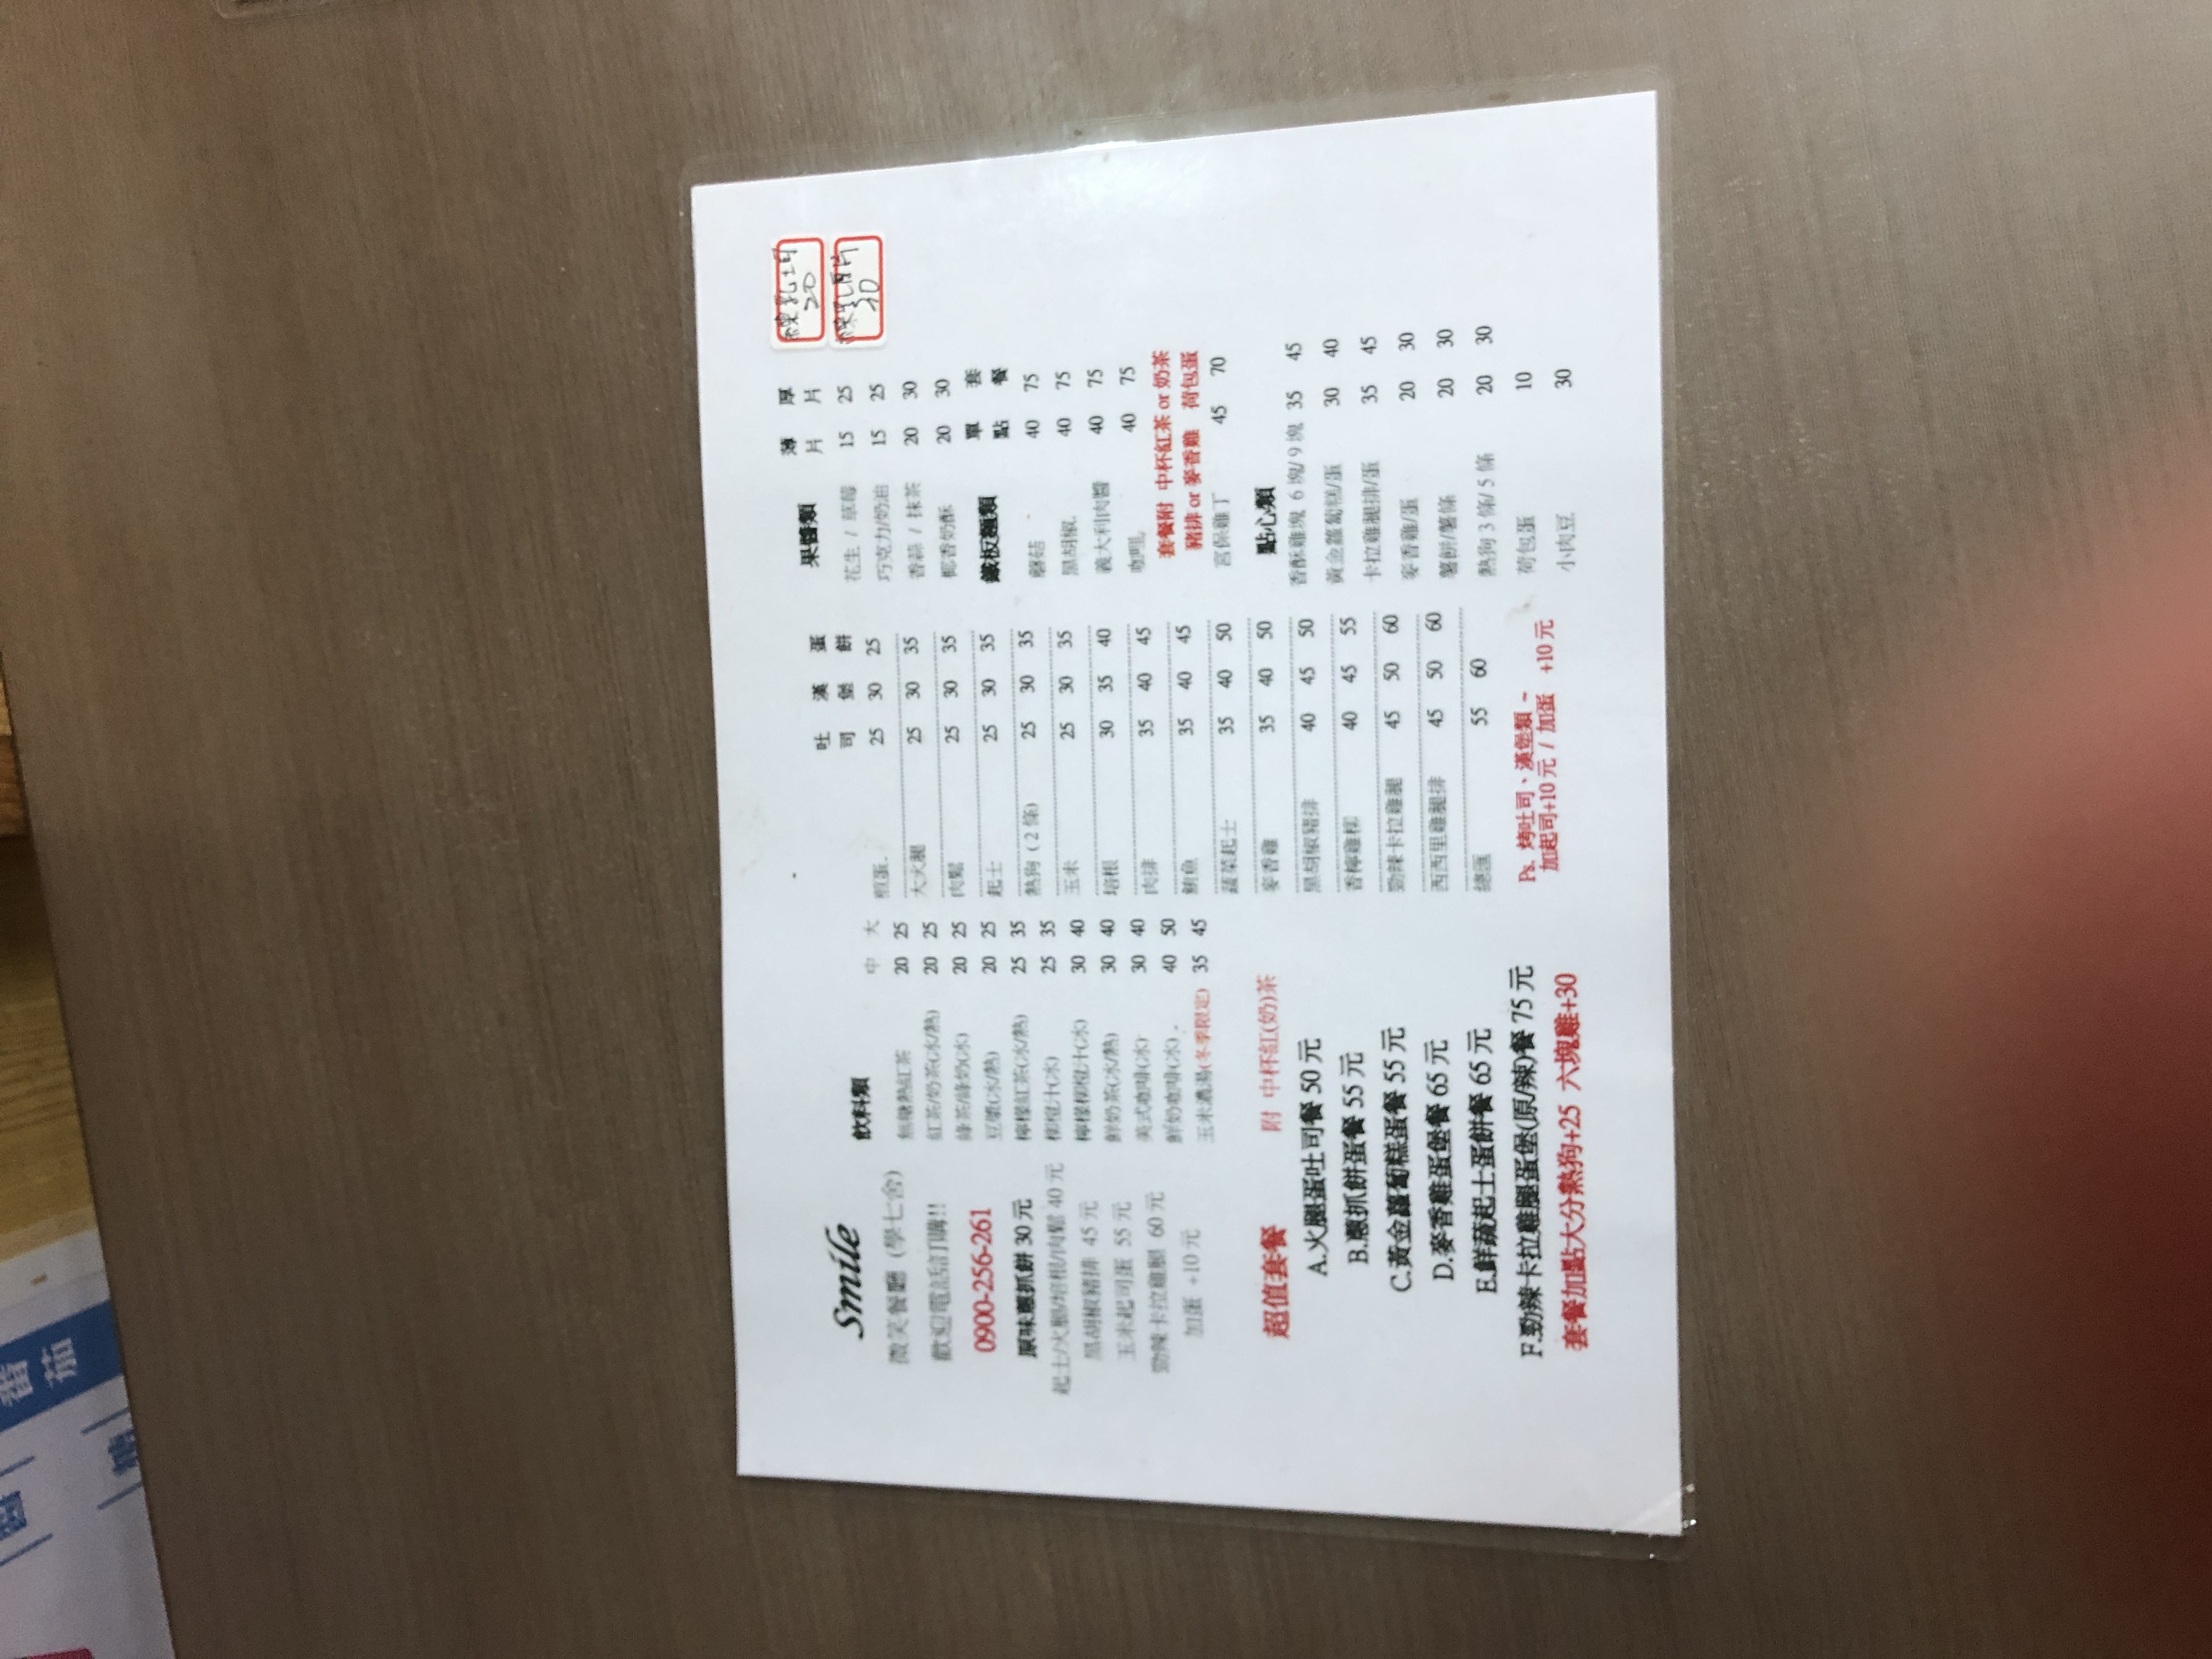
餐廳：Smile 微笑餐語
電話：0900-256-261
菜單：
name: 特調奶茶
price: 大: 35, 中: 30
name: 紅茶
price: 大: 25, 中: 20
name: 豆漿
price: 大: 25, 中: 20
name: 綠茶
price: 大: 25, 中: 20
name: 美式咖啡
price: 大: 30, 中: 25
name: 鮮奶
price: 大: 40, 中: 35
name: 黑糖鮮奶
price: 大: 45, 中: 40
name: 檸檬汁
price: 大: 45, 中: 40
name: 柳橙汁
price: 大: 45, 中: 40
name: 高山冷泡茶
price: 大: 40, 中: 35
name: 可可
price: 大: 45, 中: 40
name: 鮮奶茶
price: 大: 35, 中: 30
name: 麥香奶茶
price: 大: 35, 中: 30
name: 阿華田
price: 大: 40, 中: 35
name: 巧克力
price: 大: 40,
name: 薯餅
price: 30
name: 小熱狗
price: 30
name: 雞塊
price: 30
name: 檸檬雞柳條
price: 30
name: 酥炸豆腐
price: 30
name: 甜不辣
price: 30
name: 玉米布丁酥
price: 30
name: 地瓜
price: 30
name: 芋籤
price: 30
name: 荷包蛋
price: 10
name: 熱狗
price: 20
name: 培根
price: 20
name: 火腿
price: 20
name: 德式香腸
price: 30
name: 厚片 草莓
price: 25
name: 厚片 巧克力
price: 25
name: 厚片 奶油
price: 25
name: 厚片 花生
price: 25
name: 薄片 草莓
price: 15
name: 薄片 巧克力
price: 15
name: 薄片 奶油
price: 15
name: 薄片 花生
price: 15
name: 吐司 里肌肉
price: 40
name: 吐司 總匯
price: 75
name: 吐司 培根
price: 40
name: 吐司 火腿
price: 40
name: 吐司 鮪魚
price: 45
name: 吐司 蔬菜起士
price: 45
name: 吐司 豬排
price: 45
name: 吐司 牛肉
price: 45
name: 吐司 蝦排
price: 50
name: 吐司 香煎雞腿排
price: 50
name: 吐司 卡拉雞腿排
price: 55
name: 吐司 薯泥
price: 55
name: 吐司 花生醬起士豬排
price: 60
name: 吐司 蛋沙拉
price: 40
name: 吐司 泡菜
price: 40
name: 吐司 玉米
price: 35
name: 漢堡 里肌肉
price: 45
name: 漢堡 總匯
price: 80
name: 漢堡 培根
price: 45
name: 漢堡 火腿
price: 45
name: 漢堡 鮪魚
price: 50
name: 漢堡 蔬菜起士
price: 50
name: 漢堡 豬排
price: 50
name: 漢堡 牛肉
price: 50
name: 漢堡 蝦排
price: 55
name: 漢堡 香煎雞腿排
price: 55
name: 漢堡 卡拉雞腿排
price: 60
name: 漢堡 薯泥
price: 60
name: 漢堡 花生醬起士豬排
price: 65
name: 漢堡 蛋沙拉
price: 45
name: 漢堡 泡菜
price: 45
name: 漢堡 玉米
price: 40
name: 丹麥 里肌肉
price: 40
name: 丹麥 總匯
price: 75
name: 丹麥 培根
price: 40
name: 丹麥 火腿
price: 40
name: 丹麥 鮪魚
price: 45
name: 丹麥 蔬菜起士
price: 45
name: 丹麥 豬排
price: 45
name: 丹麥 牛肉
price: 45
name: 丹麥 蝦排
price: 50
name: 丹麥 香煎雞腿排
price: 50
name: 丹麥 卡拉雞腿排
price: 55
name: 丹麥 薯泥
price: 55
name: 丹麥 花生醬起士豬排
price: 60
name: 丹麥 蛋沙拉
price: 40
name: 丹麥 泡菜
price: 40
name: 丹麥 玉米
price: 35
name: 可頌 里肌肉
price: 40
name: 可頌 總匯
price: 75
name: 可頌 培根
price: 40
name: 可頌 火腿
price: 40
name: 可頌 鮪魚
price: 45
name: 可頌 蔬菜起士
price: 45
name: 可頌 豬排
price: 45
name: 可頌 牛肉
price: 45
name: 可頌 蝦排
price: 50
name: 可頌 香煎雞腿排
price: 50
name: 可頌 卡拉雞腿排
price: 55
name: 可頌 薯泥
price: 55
name: 可頌 花生醬起士豬排
price: 60
name: 可頌 蛋沙拉
price: 40
name: 可頌 泡菜
price: 40
name: 可頌 玉米
price: 35
name: 鍋燒麵
price: 60
name: 鍋燒意麵
price: 60
name: 鍋燒冬粉
price: 60
name: 鍋燒烏龍
price: 60
name: 鍋燒雞絲麵
price: 60
name: 原味蛋餅
price: 30
name: 玉米蛋餅
price: 35
name: 鮪魚蛋餅
price: 40
name: 培根蛋餅
price: 40
name: 火腿蛋餅
price: 40
name: 薯餅蛋餅
price: 40
name: 豬排蛋餅
price: 45
name: 熱狗蛋餅
price: 35
name: 肉鬆蛋餅
price: 35
name: 起士蛋餅
price: 35
name: 總匯蛋餅
price: 60
name: 鮮蝦蛋餅
price: 50
name: 泡菜蛋餅
price: 45
name: 薯泥蛋餅
price: 45
name: 德式香腸蛋餅
price: 45
name: 薯泥起士蛋餅
price: 50
name: 雞塊蛋餅
price: 45
name: 卡拉雞腿排蛋餅
price: 55
name: 香煎雞腿排蛋餅
price: 55
name: 燻雞蛋餅
price: 45
name: 火腿蛋吐司
price: 50
name: 德抓餅蛋
price: 55
name: 黃金薯餅蛋
price: 55
name: 麥香雞蛋蛋
price: 65
name: 鮮蔬起士蛋餅
price: 65
name: 勁辣卡拉雞腿蛋
price: 75
name: 套餐加點大熱狗
price: +25
name: 烤吐司、漢堡類 - 加起司
price: +10
name: 加蛋
price: +10
name: 加大分量
price: +30